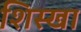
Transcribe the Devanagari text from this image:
शिस्खा